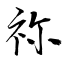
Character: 祢